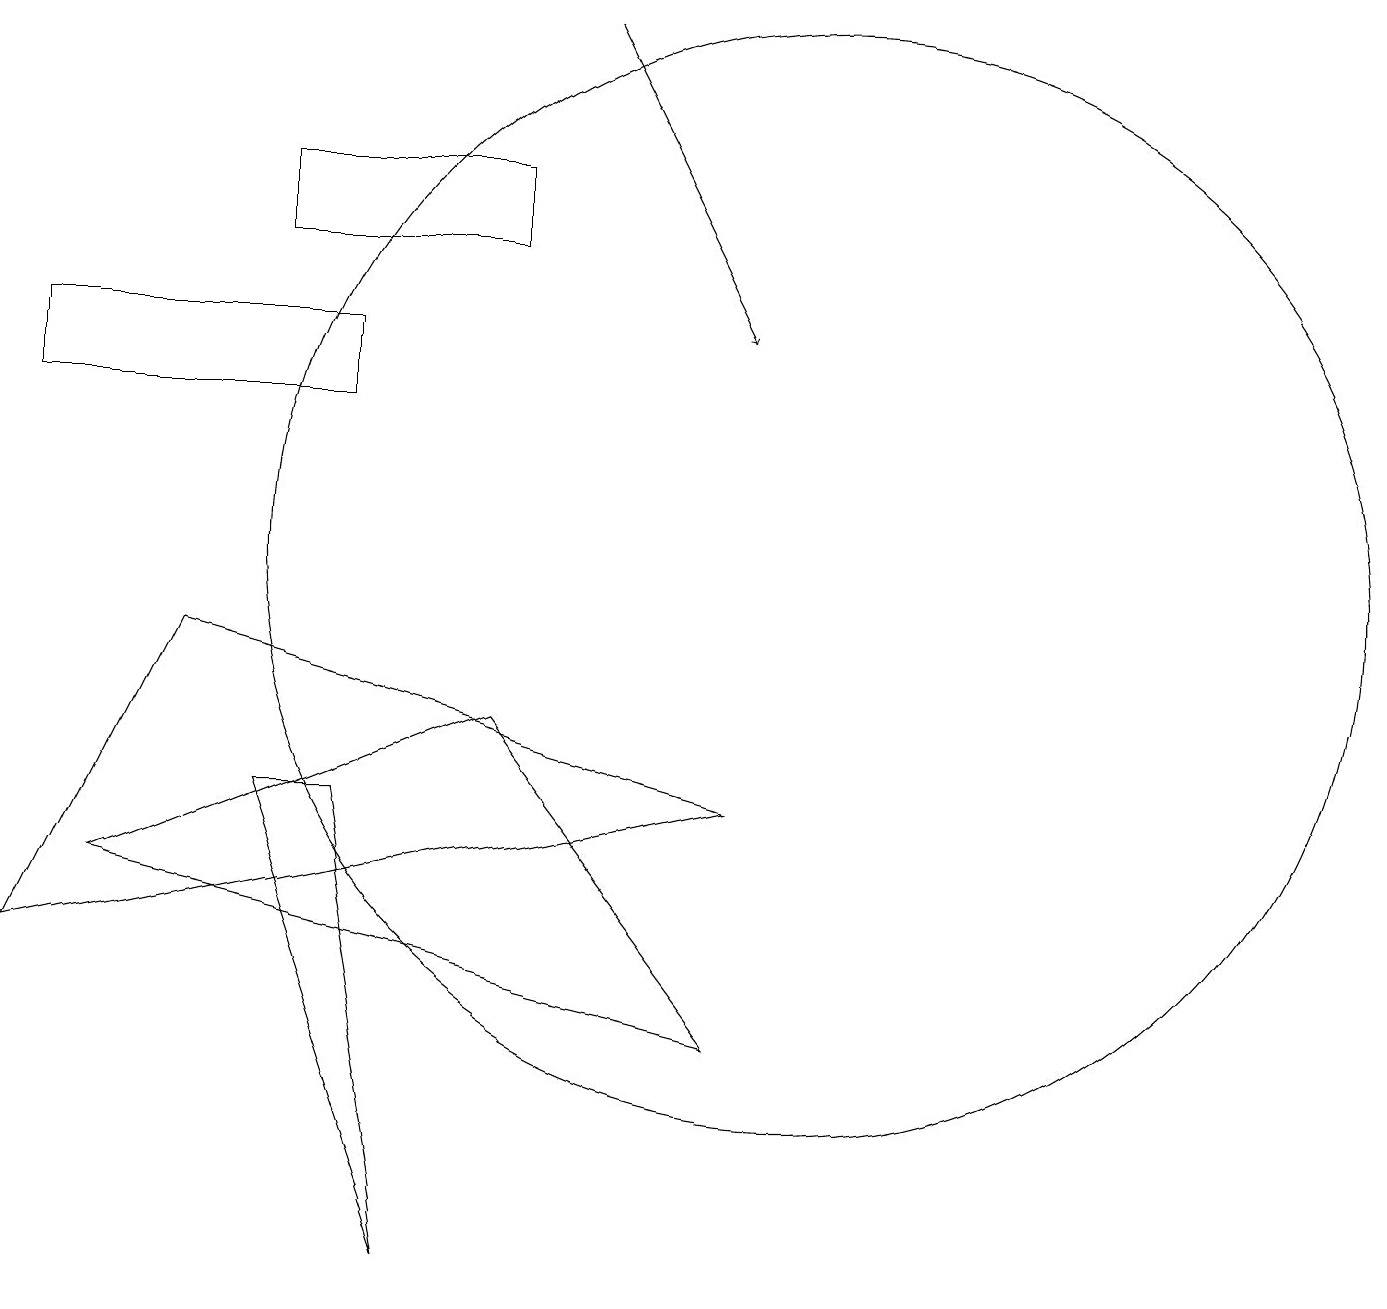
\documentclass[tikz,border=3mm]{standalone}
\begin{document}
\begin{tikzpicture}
\draw (10,10) circle (7);
\draw (4,12) rectangle (0,13);
\draw (0,5) -- (2,9) -- (9,7) -- cycle;
\draw[->] (7,17) -- (9,13);
\draw (5,1) -- (3,7) -- (4,7) -- cycle;
\draw (9,4) -- (1,6) -- (6,8) -- cycle;
\draw (6,15) rectangle (3,14);
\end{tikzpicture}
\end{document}